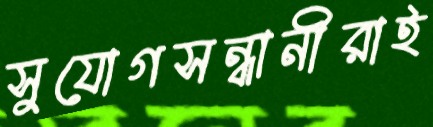
সুযোগসন্ধানীরাই